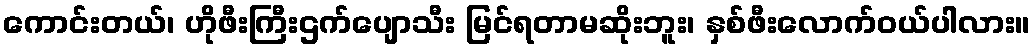
ကောင်းတယ်၊ ဟိုဖီးကြီးဌက်ပျောသီး မြင်ရတာမဆိုးဘူး၊ နှစ်ဖီးလောက်ဝယ်ပါလား။